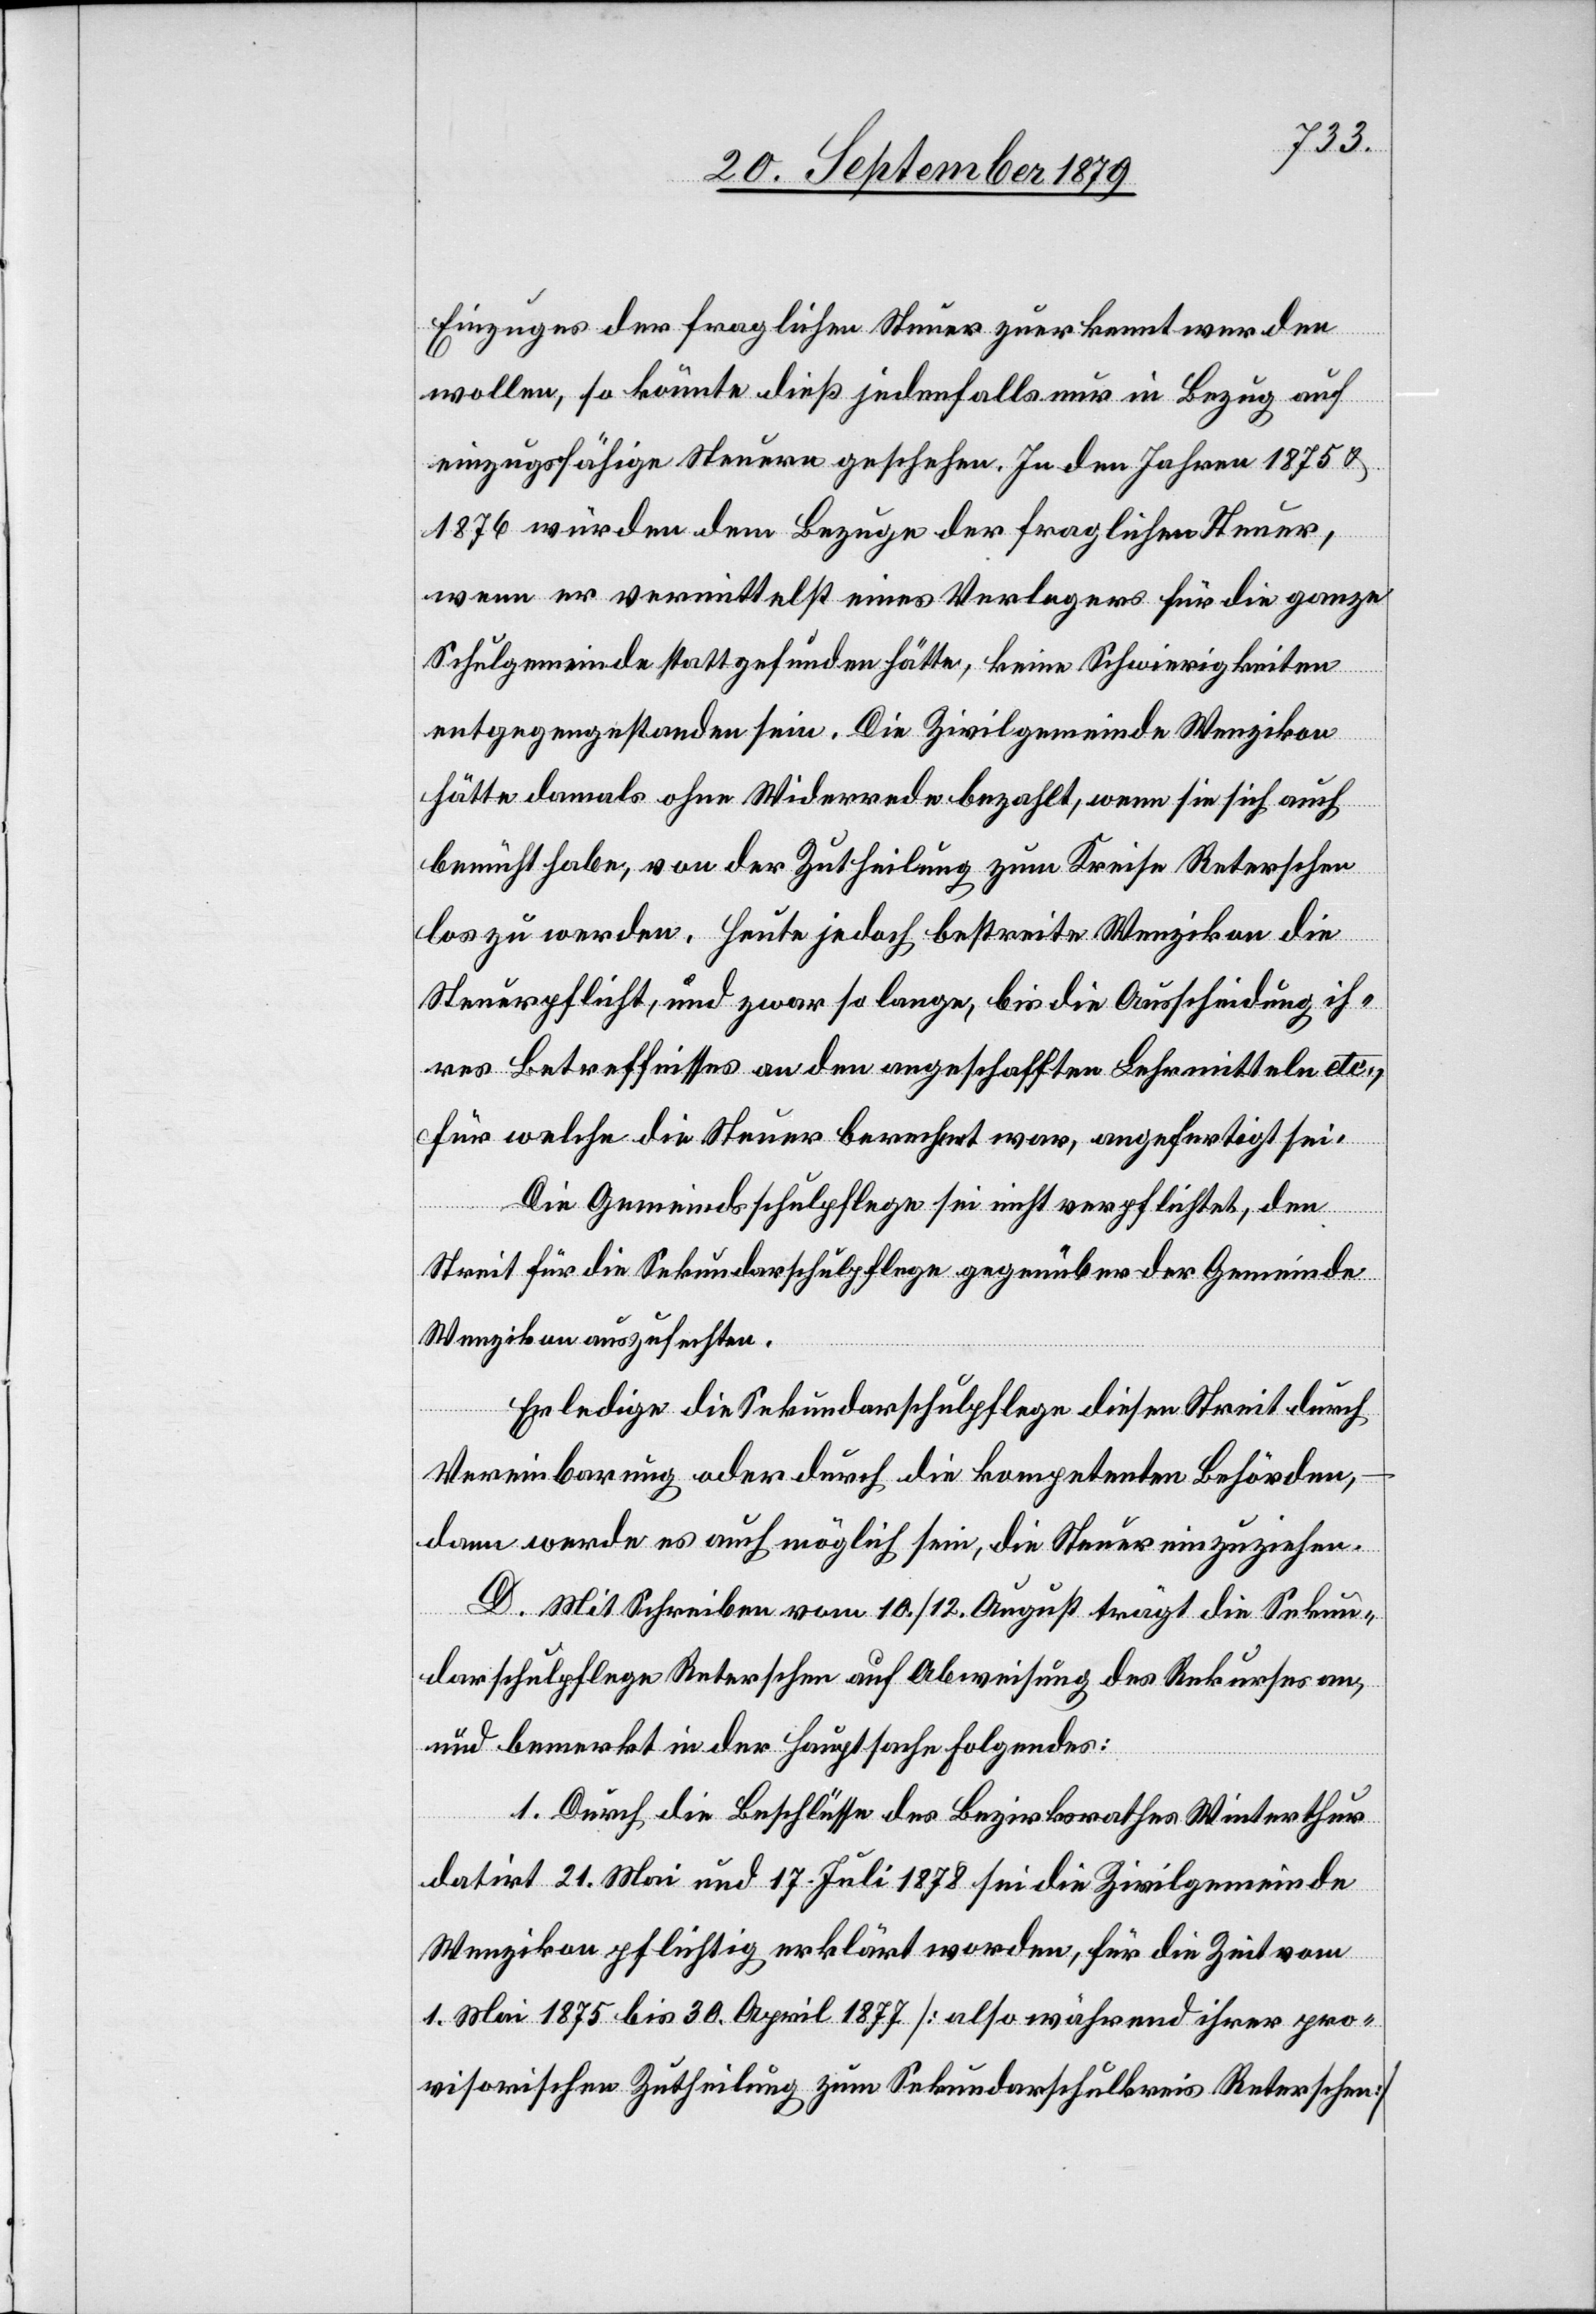
Einzuges der fraglichen Steuer zuerkannt werden
wollen, so könnte dieß jedenfalls nur in Bezug auf
einzugsfähige Steuern geschehen. In den Jahren 1875 &
1876 würden dem Bezuge der fraglichen Steuer,
wenn er vermittelst eines Verlegers für die ganze
Schulgemeinde stattgefunden hätte, keine Schwierigkeiten
entgegengestanden sein. Die Zivilgemeinde Wenzikon
hätte damals ohne Widerrede bezahlt, wenn sie sich auch
bemüht habe, von der Zutheilung zum Kreise Reterschen
los zu werden. Heute jedoch bestreite Wenzikon die
Steuerpflicht, und zwar so lange, bis die Ausscheidung ih¬
res Betreffnisses an den angeschafften Lehrmitteln etc.,
für welche die Steuer berechnet war, angefertigt sei.
Die Gemeindsschulpflege sei nicht verpflichtet, den
Streit für die Sekundarschulpflege gegenüber der Gemeinde
Wenzikon auszufechten.
Erledige die Sekundarschulpflege diesen Streit durch
Vereinbarung oder durch die kompetenten Behörden,
dann werde es auch möglich sein, die Steuer einzuziehen.
D. Mit Schreiben vom 10./12. August trägt die Sekun¬
darschulpflege Reterschen auf Abweisung des Rekurses an,
und bemerkt in der Hauptsache folgendes:
1. Durch die Beschlüsse des Bezirksrathes Winterthur
datirt 21. Mai und 17. Juli 1878 sei die Zivilgemeinde
Wenzikon pflichtig erklärt worden, für die Zeit vom
1. Mai 1875 bis 30. April 1877 [also während ihrer pro¬
visorischen Zutheilung zum Sekundarschulkreis Reterschen]